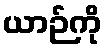
ယာဉ်ကို